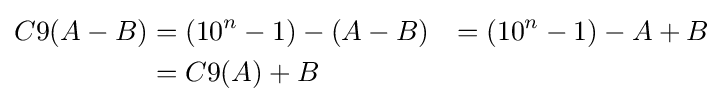
{\begin{aligned}C9(A-B)&=(10^{n}-1)-(A-B)&=(10^{n}-1)-A+B\\&=C9(A)+B\end{aligned}}